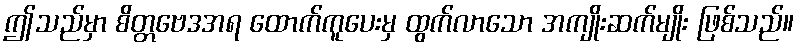
ဤသည်မှာ စိတ္တဗေဒအရ ထောက်ကူပေးမှ ထွက်လာသော အကျိုးဆက်မျိုး ဖြစ်သည်။